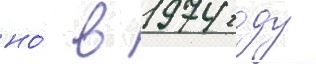
но́ в 1974 году